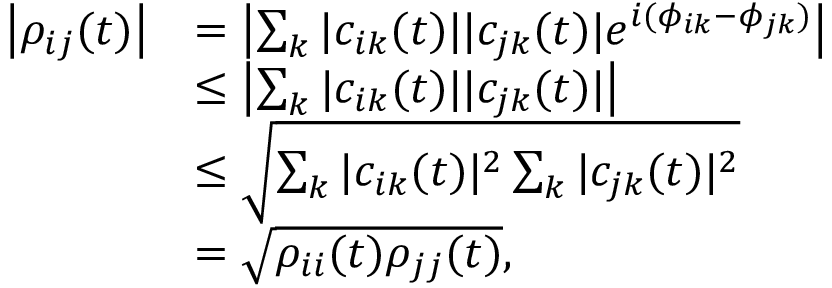
\begin{array} { r l } { \left| \rho _ { i j } ( t ) \right| } & { = \left| \sum _ { k } | c _ { i k } ( t ) | | c _ { j k } ( t ) | e ^ { i ( \phi _ { i k } - \phi _ { j k } ) } \right| } \\ & { \leq \left| \sum _ { k } | c _ { i k } ( t ) | | c _ { j k } ( t ) | \right| } \\ & { \leq \sqrt { \sum _ { k } | c _ { i k } ( t ) | ^ { 2 } \sum _ { k } | c _ { j k } ( t ) | ^ { 2 } } } \\ & { = \sqrt { \rho _ { i i } ( t ) \rho _ { j j } ( t ) } , } \end{array}